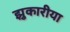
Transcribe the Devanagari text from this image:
झुकारीया